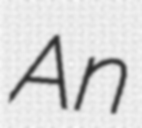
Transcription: An